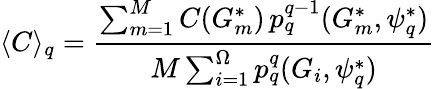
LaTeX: \langle C\rangle_{q}=\frac{\sum_{m=1}^{M}C(G_{m}^{*})\, p_{q}^{q-1}(G_{m}^{*},\psi_{q}^{*})}{M\sum_{i=1}^{\Omega}p_{q}^{q}(G_{i},\psi_{q}^{*})}